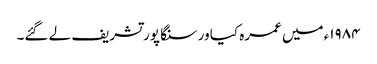
۱۹۸۴ء میں عمرہ کیا ور سنگا پور تشریف لے گئے۔